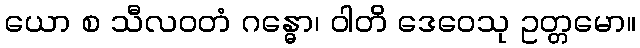
ယော စ သီလဝတံ ဂန္ဓော၊ ဝါတိ ဒေဝေသု ဥတ္တမော။